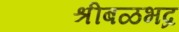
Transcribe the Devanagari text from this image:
श्रीबळभद्र